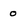
Character: 0